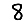
Digit: 8